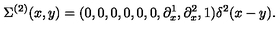
\Sigma ^ { ( 2 ) } ( x , y ) = ( 0 , 0 , 0 , 0 , 0 , 0 , \partial _ { x } ^ { 1 } , \partial _ { x } ^ { 2 } , 1 ) \delta ^ { 2 } ( x - y ) .